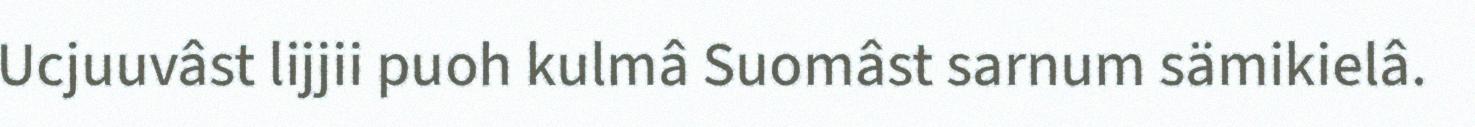
Ucjuuvâst lijjii puoh kulmâ Suomâst sarnum sämikielâ.